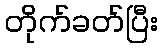
တိုက်ခတ်ပြီး